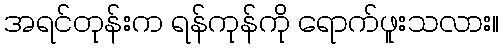
အရင်တုန်းက ရန်ကုန်ကို ရောက်ဖူးသလား။